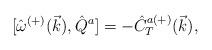
LaTeX: \begin{align*}{[}\hat{\omega}^{(+)}(\vec{k}),\hat{Q}^a]=-\hat{C}^{a(+)}_T(\vec{k}),\end{align*}